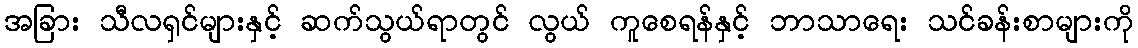
အခြား သီလရှင်များနှင့် ဆက်သွယ်ရာတွင် လွယ် ကူစေရန်နှင့် ဘာသာရေး သင်ခန်းစာများကို